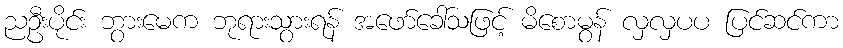
ညဦးပိုင်း ဘွားမေက ဘုရားသွားရန် အဖော်ခေါ်သဖြင့် မိစောမွန် လှလှပပ ပြင်ဆင်ကာ